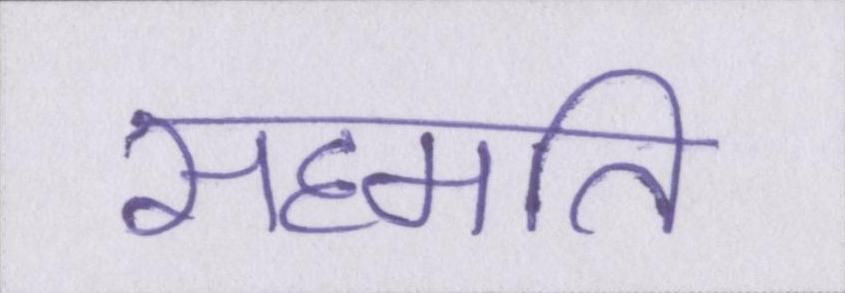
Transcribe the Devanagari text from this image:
सहमति